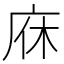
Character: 庥